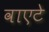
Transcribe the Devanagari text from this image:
वाएटे